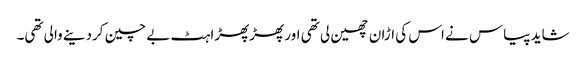
شاید پیاس نے اس کی اڑان چھین لی تھی اور پھڑپھڑاہٹ بے چین کردینے والی تھی۔